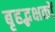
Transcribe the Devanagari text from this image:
बृहद्भक्षकों